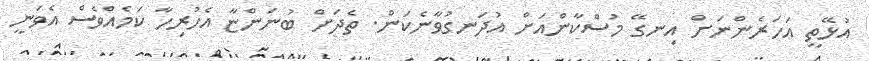
އުޅޭތީ އަހަރެންނަށް އިނގޭ މުސްކާންއަށް އުދަނގުވާނެކަން. ތެދަށް ބުނަންޏާ އެހުރިހާ ކަމެއްވެސް އެވަނީ